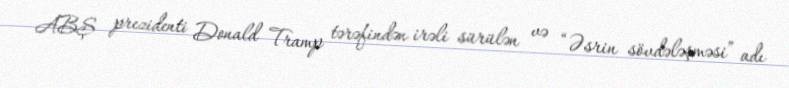
ABŞ prezidenti Donald Tramp tərəfindən irəli sürülən və “Əsrin sövdələşməsi” adı